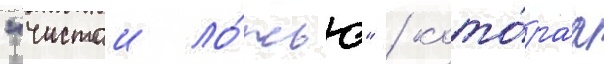
"чистои ло́жью" / кото́раа